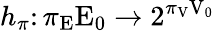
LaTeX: h_{\pi}\colon\pi_{\mathrm{E}}\mathrm{E}_{0}\rightarrow 2^{\pi_{\mathrm{V}}\mathrm{V}_{0}}